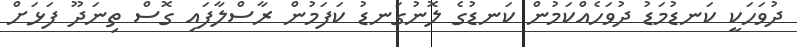
ދުވަހަކީ ކަނޑުމަޑު ދުވަހެއްކަމުން ކަނޑުގެ ލޮނުގަނޑު ކަފަމުން ރާސްލާފައި ގޮސް ތިނަދޫ ފަޅަށް